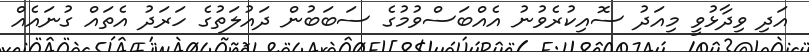
އަދި ވިދާޅުވީ މިއަދު ސޮއިކުރެވުނު އެއްބަސްވުމުގެ ސަބަބުން ދައުލަތުގެ ހަރަދު އެތައް ގުނައެއް